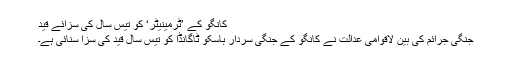
کانگو کے ’ٹرمینیٹر‘ کو تیس سال کی سزائے قید
جنگی جرائم کی بین لاقوامی عدالت نے کانگو کے جنگی سردار باسکو ٹاگانڈا کو تیس سال قید کی سزا سنائی ہے۔